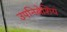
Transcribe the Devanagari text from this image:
उपनिबेशिय